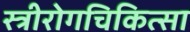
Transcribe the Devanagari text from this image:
स्त्रीरोगचिकित्सा